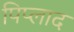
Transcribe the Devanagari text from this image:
पिप्लाद